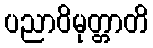
ပညာဝိမုတ္တာတိ